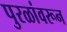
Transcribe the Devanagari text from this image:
पुरळांवरून